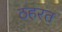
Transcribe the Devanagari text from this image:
ठहरत